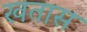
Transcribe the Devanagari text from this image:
खतास